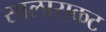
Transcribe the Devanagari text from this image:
सालासकट